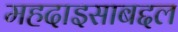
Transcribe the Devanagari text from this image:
महदाइसाबद्दल